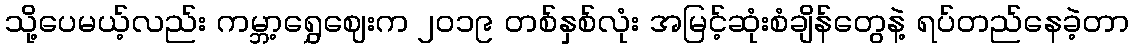
သို့ပေမယ့်လည်း ကမ္ဘာ့ရွှေဈေးက ၂၀၁၉ တစ်နှစ်လုံး အမြင့်ဆုံးစံချိန်တွေနဲ့ ရပ်တည်နေခဲ့တာ